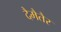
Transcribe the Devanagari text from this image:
दैमैतैर